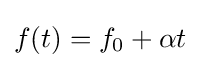
f(t)=f_{0}+\alpha t